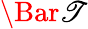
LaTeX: \Bar{\mathscr{T}}